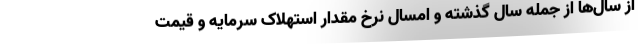
از سال‌ها از جمله سال گذشته و امسال نرخ مقدار استهلاک سرمایه و قیمت